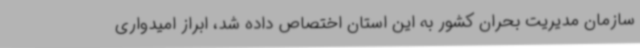
سازمان مدیریت بحران کشور به این استان اختصاص داده شد، ابراز امیدواری